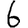
Digit: 6